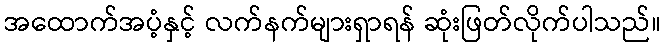
အထောက်အပံ့နှင့် လက်နက်များရှာရန် ဆုံးဖြတ်လိုက်ပါသည်။